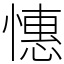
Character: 憓